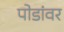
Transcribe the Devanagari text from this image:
पोडांवर